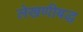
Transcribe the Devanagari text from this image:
लेखणीबद्ध